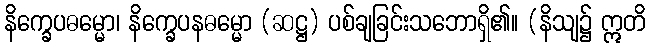
နိက္ခေပဓမ္မော၊ နိက္ခေပနဓမ္မော (ဆဋ္ဌ) ပစ်ချခြင်းသဘောရှိ၏။ (နိသျ၌ ဣတိ